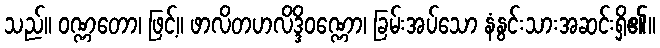
သည်။ ဝဏ္ဏတော၊ ဖြင့်။ ဖာလိတဟလိဒ္ဒိဝဏ္ဏော၊ ခြမ်းအပ်သော နံနွင်းသားအဆင်းရှိ၏။